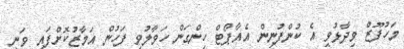
މަހުފޫޒް ވިދާޅުވީ އެ ކުންފުނިން އެއާޕޯޓް ހިންގަން ހަވާލުވި ފަހުން އަމާޒުކޮށްފައި ވަނީ